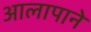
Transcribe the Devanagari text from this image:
आलापाने